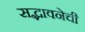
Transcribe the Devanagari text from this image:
सद्भावनेची